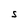
Character: S